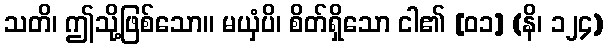
သတိ၊ ဤသို့ဖြစ်သော။ မယှံပိ၊ စိတ်ရှိသော ငါ၏ [၀၁] (နိ၊ ၁၂၄)